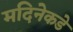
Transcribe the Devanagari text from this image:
मदिनेकडे